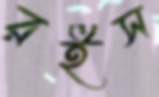
রইস